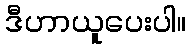
ဒီဟာယူပေးပါ။